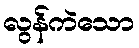
လွန်ကဲသော